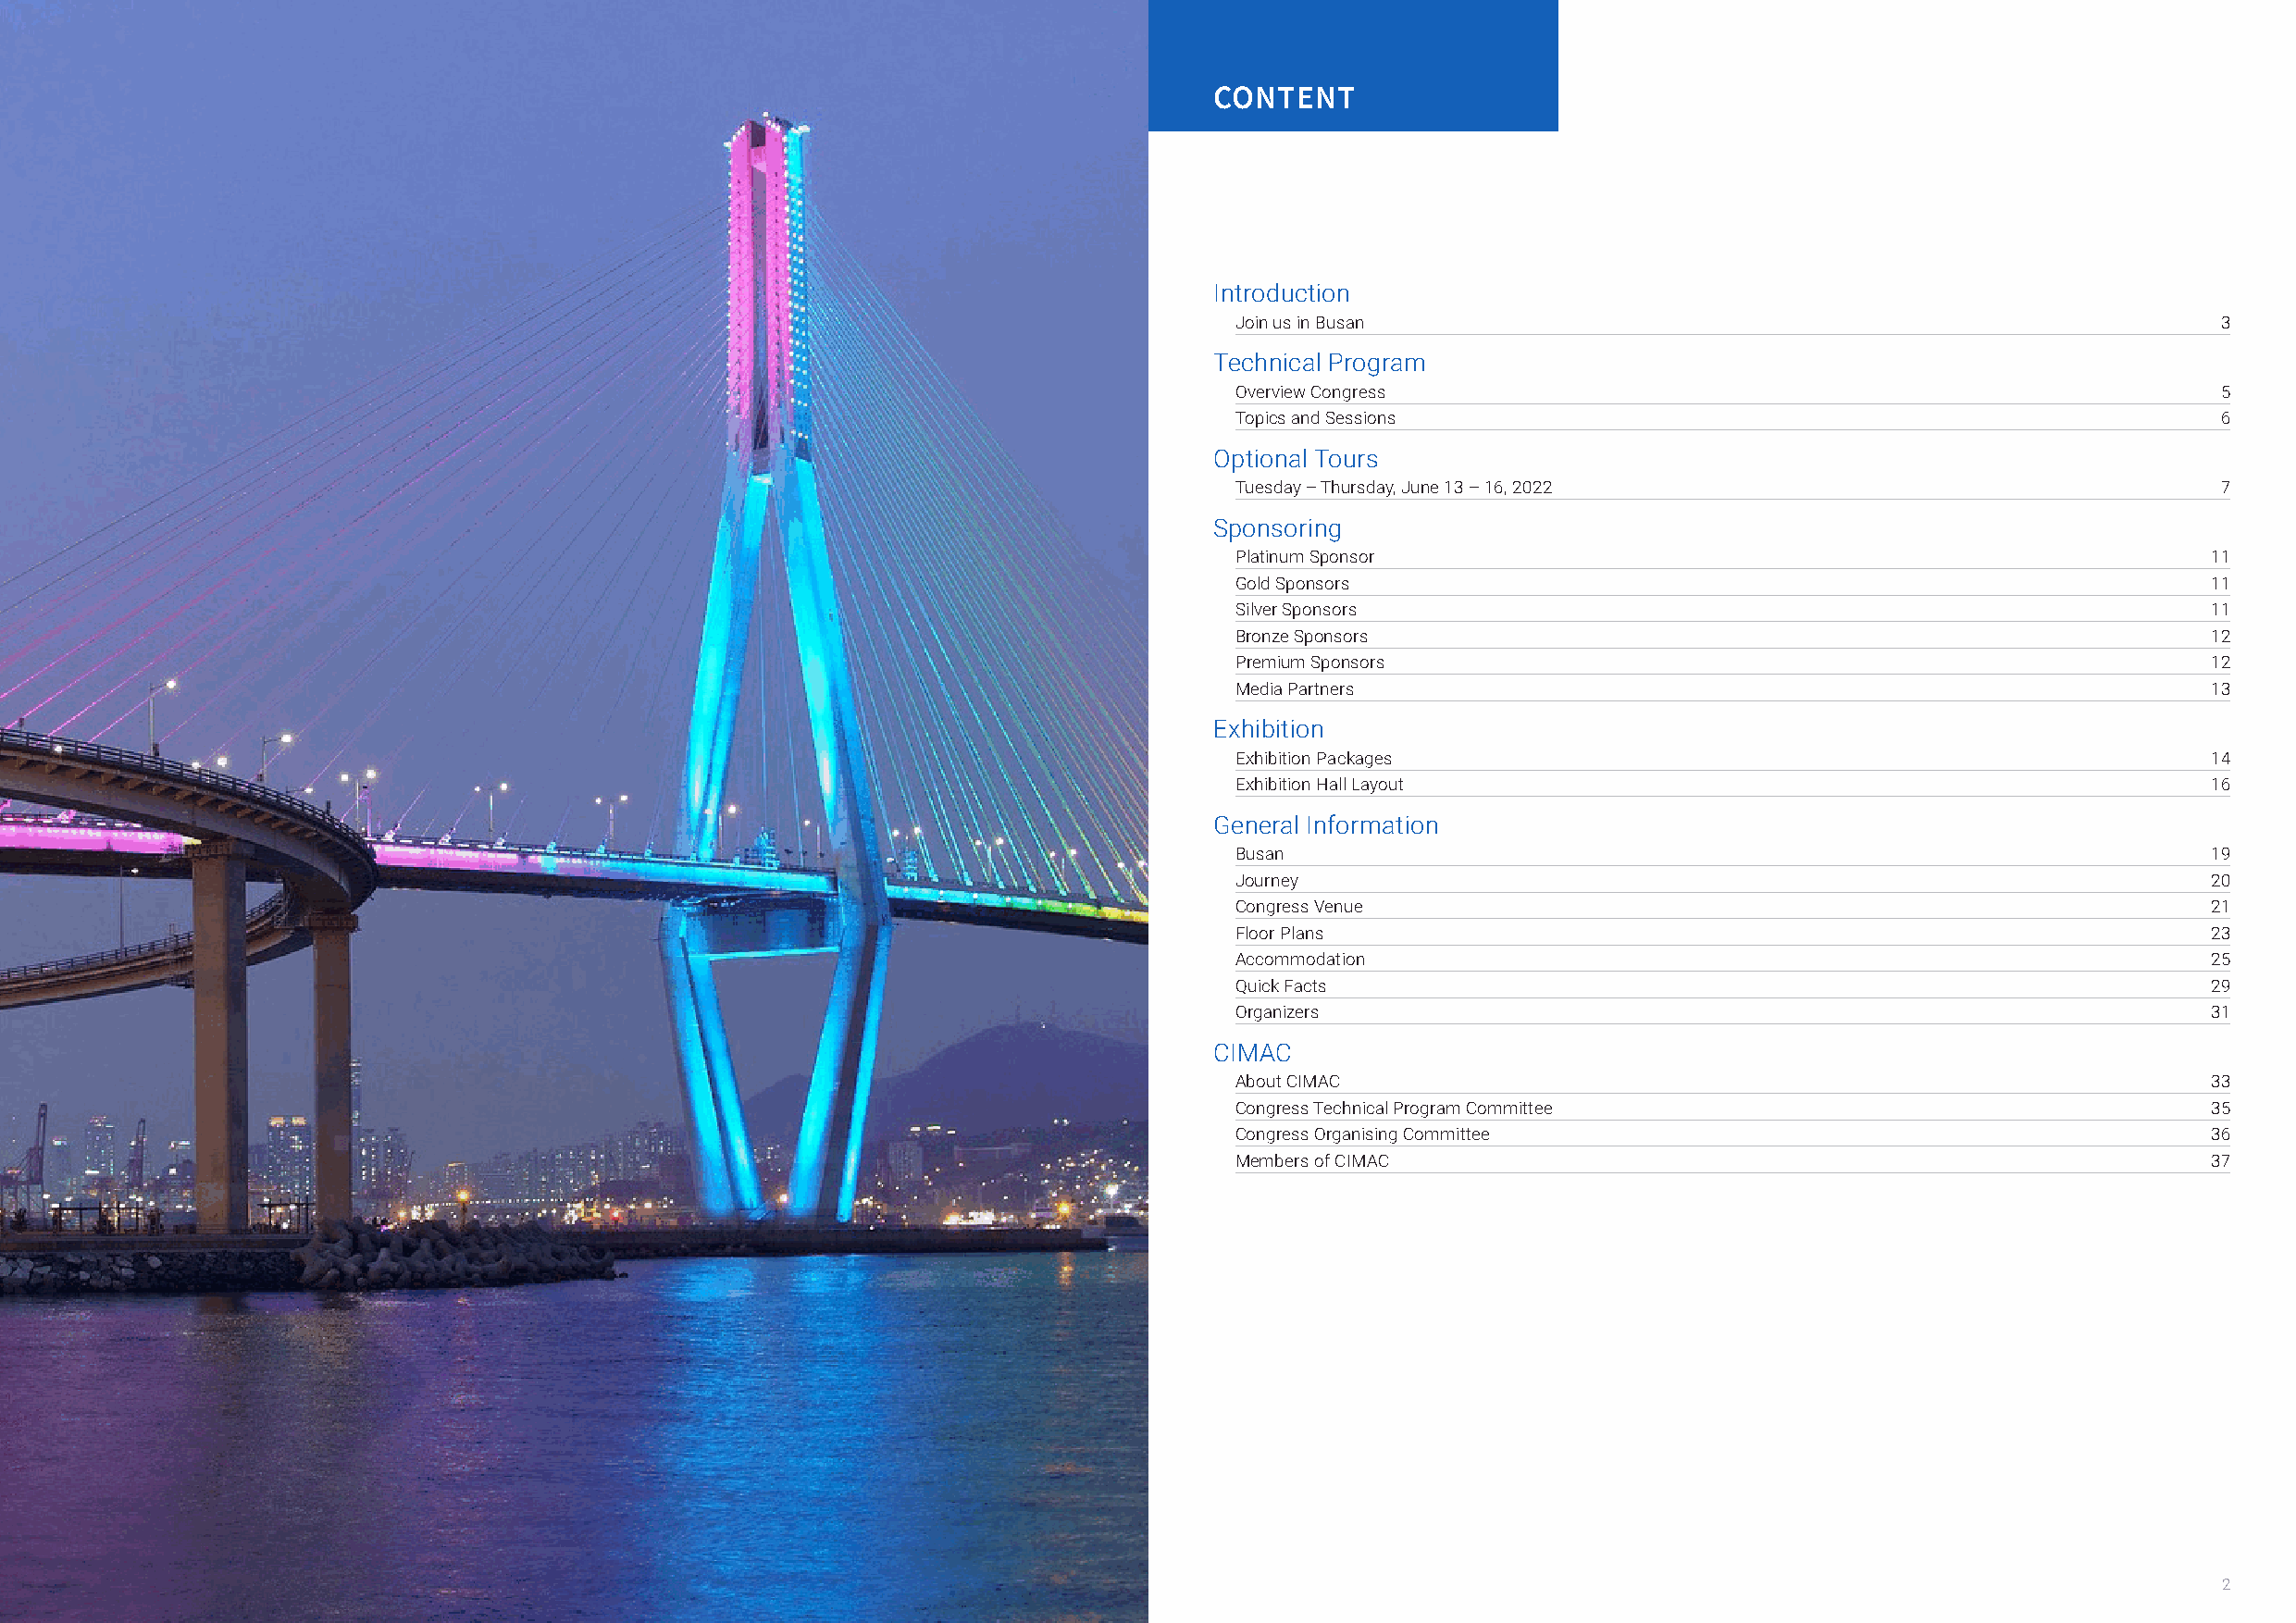
CONTENT
 Introduction
 Join us in Busan                                                       3
 Technical Program
 Overview Congress                                                      5
 Topics and Sessions                                                    6
 Optional Tours
 Tuesday – Thursday, June 13 – 16, 2022                                 7
 Sponsoring
 Platinum Sponsor                                                      11
 Gold Sponsors                                                         11
 Silver Sponsors                                                       11
 Bronze Sponsors                                                       12
 Premium Sponsors                                                      12
 Media Partners                                                        13
 Exhibition
 Exhibition Packages                                                   14
 Exhibition Hall Layout                                                16
 General Information
 Busan                                                                 19
 Journey                                                               20
 Congress Venue                                                        21
 Floor Plans                                                           23
 Accommodation                                                         25
 Quick Facts                                                           29
 Organizers                                                            31
 CIMAC
 About CIMAC                                                           33
 Congress Technical Program Committee                                  35
 Congress Organising Committee                                         36
 Members of CIMAC                                                      37
 2                                                                                                                                                         2